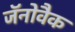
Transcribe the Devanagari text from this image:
जॅनोवैक